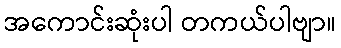
အကောင်းဆုံးပါ တကယ်ပါဗျာ။